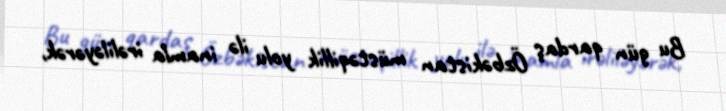
Bu gün qardaş Özbəkistan müstəqillik yolu ilə inamla irəliləyərək,